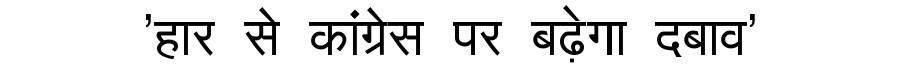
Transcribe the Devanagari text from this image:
'हार से कांग्रेस पर बढ़ेगा दबाव'